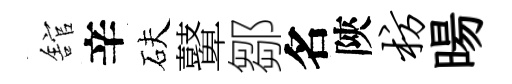
舘辛砆鼙鄒名陝枋暘